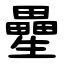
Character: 㽮